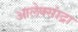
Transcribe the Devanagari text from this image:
आलेक्सांद्रा